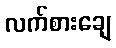
လက်စားချေ